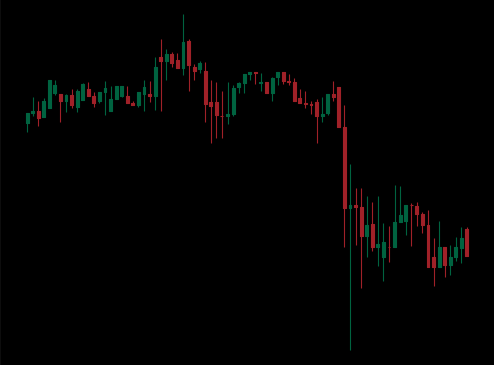
Pattern: unclassified